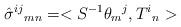
\begin{align*}\hat{\sigma }^{ij}{}_{mn} = <S^{-1}\theta _{m}{}^{j},T^{i}{}_{n}>\end{align*}